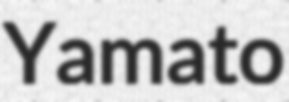
Yamato